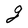
Character: g